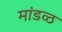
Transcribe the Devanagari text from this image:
मांडव्ठ